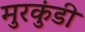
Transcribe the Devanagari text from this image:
मुरकुंडी